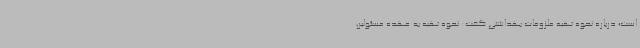
است؛ درباره نحوه تهیه ملزومات بهداشتی گفت: نحوه تهیه به عهده مسئولین